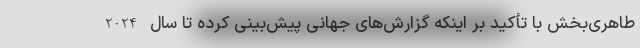
طاهری‌بخش با تأکید بر اینکه گزارش‌های جهانی پیش‌بینی کرده تا سال 2024